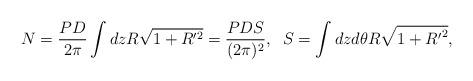
LaTeX: \begin{align*}N=\frac{PD}{2\pi}\int dz R\sqrt{1+R^{\prime 2}}=\frac{PDS}{(2\pi)^2},\;\;S=\int dz d\theta R\sqrt{1+{R^{\prime}}^2},\end{align*}